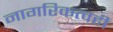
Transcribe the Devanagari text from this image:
नागरिकत्वही